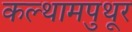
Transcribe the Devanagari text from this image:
कल्थामपुथूर